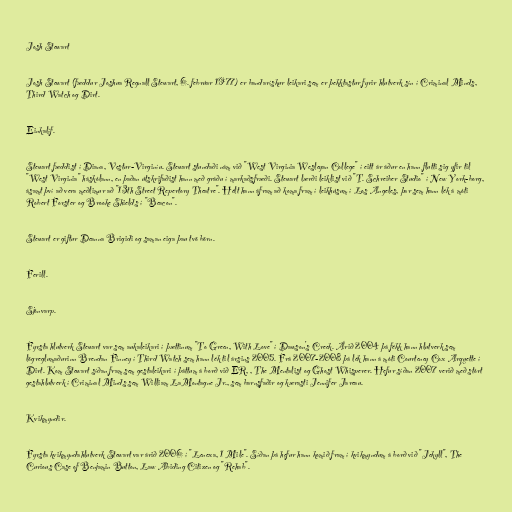
Josh Stewart

Josh Stewart (fæddur Joshua Regnall Stewart, 6. febrúar 1977) er bandarískur leikari sem er þekktastur fyrir hlutverk sín í Criminal Minds,
Third Watch og Dirt.

Einkalíf.

Stewart fæddist í Diana, Vestur-Virginíu. Stewart stundaði nám við "West Virginia Wesleyan College" í eitt ár áður en hann flutti sig yfir til
"West Virginia" háskólann, en þaðan útskrifaðist hann með gráðu í markaðsfræði. Stewart lærði leiklist við "T. Schreiber Studio" í New York-borg,
ásamt því að vera meðlimur að "13th Street Repertory Theatre". Hélt hann áfram að koma fram í leikhúsum í Los Angeles, þar sem hann lék á móti
Robert Forster og Brooke Shields í "Beacon".

Stewart er giftur Deanna Brigidi og saman eiga þau tvö börn.

Ferill.

Sjónvarp.

Fyrsta hlutverk Stewart var sem aukaleikari í þættinum "To Green, With Love" í Dawson's Creek. Árið 2004 þá fékk hann hlutverk sem
lögreglumaðurinn Brendan Finney í Third Watch sem hann lék til ársins 2005. Frá 2007-2008 þá lék hann á móti Courteney Cox Arquette í
Dirt. Kom Stewart síðan fram sem gestaleikari í þáttum á borð við ER, , The Mentalist og Ghost Whisperer. Hefur síðan 2007 verið með stórt
gestahlutverk í Criminal Minds sem William LaMontagne Jr., sem barnsfaðir og kærasti Jennifer Jareau.

Kvikmyndir.

Fyrsta kvikmyndahlutverk Stewart var árið 2006 í "Lenexa, 1 Mile". Síðan þá hefur hann komið fram í kvikmyndum á borð við "Jekyll", The
Curious Case of Benjamin Button, Law Abiding Citizen og "Rehab".